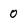
Character: 0